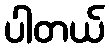
ပါတယ်